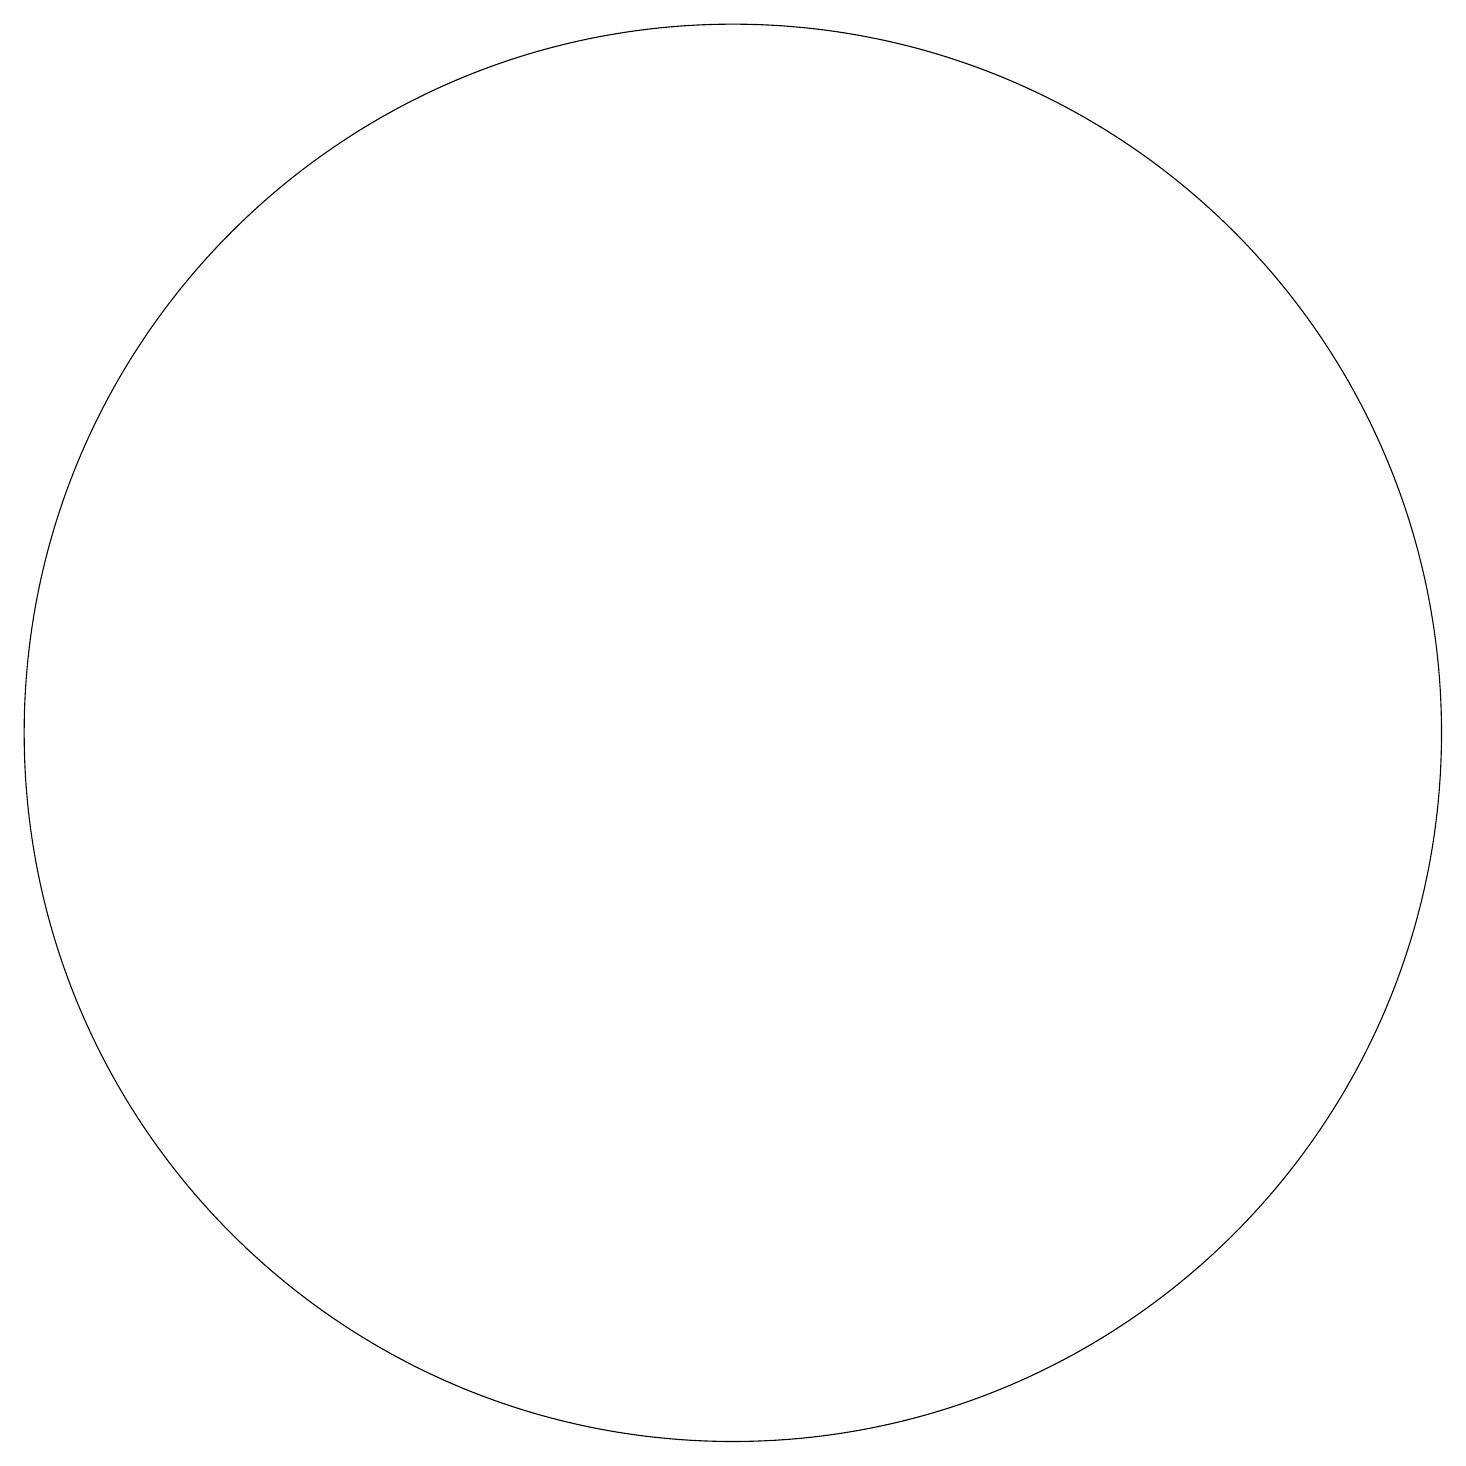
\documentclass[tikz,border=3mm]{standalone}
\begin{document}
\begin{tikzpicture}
\draw (10,11) circle (0);
\draw (10,11) circle (9);
\draw (12,11) circle (0);
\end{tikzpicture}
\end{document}